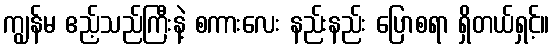
ကျွန်မ ဧည့်သည်ကြီးနဲ့ စကားလေး နည်းနည်း ပြောစရာ ရှိတယ်ရှင့်။